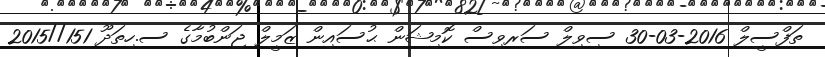
ތަފްސީލް 2016-03-30 ސިވިލް ސަރވިސް ކޮމިޝަން ޙުސައިން ޒަމީލް ޖަންބުމާގެ ސ.ހިތަދޫ 151//2015